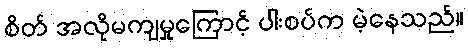
စိတ် အလိုမကျမှုကြောင့် ပါးစပ်က မဲ့နေသည်။